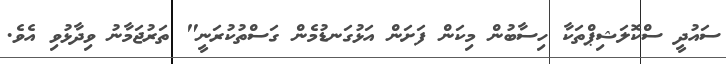
ސައުދީ ސްކޮލަޝިޕްތަކާ ހިސާބުން މިކަން ފަށަން އަޅުގަނޑުމެން ގަސްތުކުރަނީ" ތަރުޖަމާނު ވިދާޅުވި އެވެ.